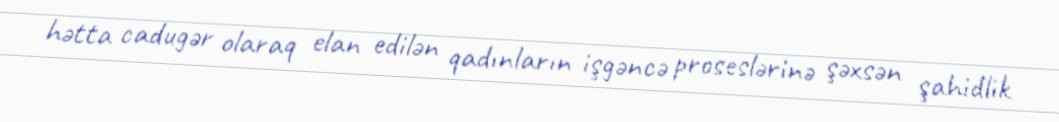
hətta cadugər olaraq elan edilən qadınların işgəncə proseslərinə şəxsən şahidlik